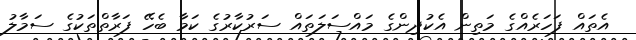
އެތައް ފަހަރެއްގެ މަތިން އެކުދިންގެ މައްސަލަތައް ސަރުކާރުގެ ކަމާ ބެހޭ ފަރާތްތަކުގެ ސަމާލު